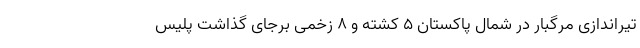
تیراندازی مرگبار در شمال پاکستان ۵ کشته و ۸ زخمی برجای گذاشت پلیس